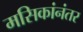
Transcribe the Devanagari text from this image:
मसिकांनंतर